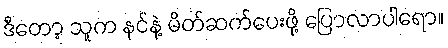
ဒီတော့ သူက နင်နဲ့ မိတ်ဆက်ပေးဖို့ ပြောလာပါရော။